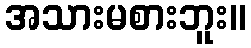
အသားမစားဘူး။